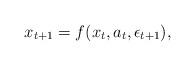
LaTeX: \begin{align*} x_{t+1} = f(x_t, a_t, \epsilon_{t+1}),\end{align*}